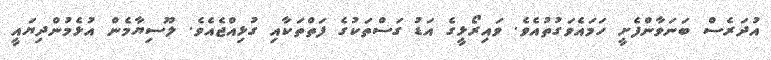
އުދަރެސް ބަނަވާންފެށީ ހަމައެވަގުތުއެވެ. ވައިރޯޅީގެ އަޑު ގަސްތަކުގެ ފަތްތަކާއި ގުޅިއްޖެއެވެ. ލޫސިޔާމެން އުޅެމުންދިޔައީ